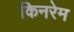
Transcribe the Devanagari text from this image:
किनरेम